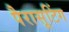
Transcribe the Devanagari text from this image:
पैरासूटिंग